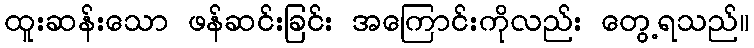
ထူးဆန်းသော ဖန်ဆင်းခြင်း အကြောင်းကိုလည်း တွေ့ရသည်။